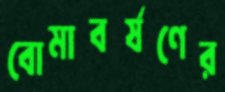
বোমাবর্ষণের